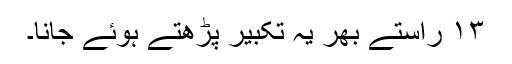
۱۳ راستے بھر یہ تکبیر پڑھتے ہوئے جانا۔